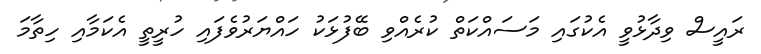
ރައީސް ވިދާޅުވީ އެކުގައި މަސައްކަތް ކުރެއްވި ބޭފުޅަކު ހައްޔަރުވެފައި ހުރީތީ އެކަމާއި ހިތާމަ